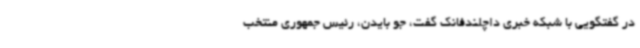
در گفتگویی با شبکه خبری داچلندفانک گفت، جو بایدن، رئیس جمهوری منتخب